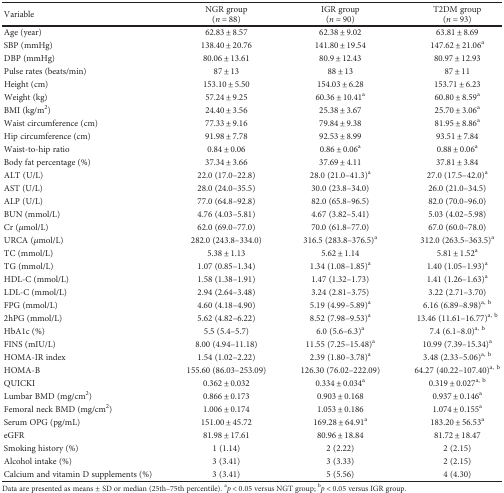
<table><thead><tr><td><b>Variable</b></td><td><b>NGR group(<i>n</i> = 88)</b></td><td><b>IGR group(<i>n</i> = 90)</b></td><td><b>T2DM group(<i>n</i> = 93)</b></td></tr></thead><tbody><tr><td>Age (year)</td><td>62.83 ± 8.57</td><td>62.38 ± 9.02</td><td>63.81 ± 8.69</td></tr><tr><td>SBP (mmHg)</td><td>138.40 ± 20.76</td><td>141.80 ± 19.54</td><td>147.62 ± 21.06<sup>a</sup></td></tr><tr><td>DBP (mmHg)</td><td>80.06 ± 13.61</td><td>80.9 ± 12.43</td><td>80.97 ± 12.93</td></tr><tr><td>Pulse rates (beats/min)</td><td>87 ± 13</td><td>88 ± 13</td><td>87 ± 11</td></tr><tr><td>Height (cm)</td><td>153.10 ± 5.50</td><td>154.03 ± 6.28</td><td>153.71 ± 6.23</td></tr><tr><td>Weight (kg)</td><td>57.24 ± 9.25</td><td>60.36 ± 10.41<sup>a</sup></td><td>60.80 ± 8.59<sup>a</sup></td></tr><tr><td>BMI (kg/m<sup>2</sup>)</td><td>24.40 ± 3.56</td><td>25.38 ± 3.67</td><td>25.70 ± 3.06<sup>a</sup></td></tr><tr><td>Waist circumference (cm)</td><td>77.33 ± 9.16</td><td>79.84 ± 9.38</td><td>81.95 ± 8.86<sup>a</sup></td></tr><tr><td>Hip circumference (cm)</td><td>91.98 ± 7.78</td><td>92.53 ± 8.99</td><td>93.51 ± 7.84</td></tr><tr><td>Waist-to-hip ratio</td><td>0.84 ± 0.06</td><td>0.86 ± 0.06<sup>a</sup></td><td>0.88 ± 0.06<sup>a</sup></td></tr><tr><td>Body fat percentage (%)</td><td>37.34 ± 3.66</td><td>37.69 ± 4.11</td><td>37.81 ± 3.84</td></tr><tr><td>ALT (U/L)</td><td>22.0 (17.0–22.8)</td><td>28.0 (21.0–41.3)<sup>a</sup></td><td>27.0 (17.5–42.0)<sup>a</sup></td></tr><tr><td>AST (U/L)</td><td>28.0 (24.0–35.5)</td><td>30.0 (23.8–34.0)</td><td>26.0 (21.0–34.5)</td></tr><tr><td>ALP (U/L)</td><td>77.0 (64.8–92.8)</td><td>82.0 (65.8–96.5)</td><td>82.0 (70.0–96.0)</td></tr><tr><td>BUN (mmol/L)</td><td>4.76 (4.03–5.81)</td><td>4.67 (3.82–5.41)</td><td>5.03 (4.02–5.98)</td></tr><tr><td>Cr (<i>μ</i>mol/L)</td><td>62.0 (69.0–77.0)</td><td>70.0 (61.8–77.0)</td><td>67.0 (60.0–78.0)</td></tr><tr><td>URCA (<i>μ</i>mol/L)</td><td>282.0 (243.8–334.0)</td><td>316.5 (283.8–376.5)<sup>a</sup></td><td>312.0 (263.5–363.5)<sup>a</sup></td></tr><tr><td>TC (mmol/L)</td><td>5.38 ± 1.13</td><td>5.62 ± 1.14</td><td>5.81 ± 1.52<sup>a</sup></td></tr><tr><td>TG (mmol/L)</td><td>1.07 (0.85–1.34)</td><td>1.34 (1.08–1.85)<sup>a</sup></td><td>1.40 (1.05–1.93)<sup>a</sup></td></tr><tr><td>HDL-C (mmol/L)</td><td>1.58 (1.38–1.91)</td><td>1.47 (1.32–1.73)</td><td>1.41 (1.26–1.63)<sup>a</sup></td></tr><tr><td>LDL-C (mmol/L)</td><td>2.94 (2.64–3.48)</td><td>3.24 (2.81–3.75)</td><td>3.22 (2.71–3.70)</td></tr><tr><td>FPG (mmol/L)</td><td>4.60 (4.18–4.90)</td><td>5.19 (4.99–5.89)<sup>a</sup></td><td>6.16 (6.89–8.98)<sup>a, b</sup></td></tr><tr><td>2hPG (mmol/L)</td><td>5.62 (4.82–6.22)</td><td>8.52 (7.98–9.53)<sup>a</sup></td><td>13.46 (11.61–16.77)<sup>a, b</sup></td></tr><tr><td>HbA1c (%)</td><td>5.5 (5.4–5.7)</td><td>6.0 (5.6–6.3)<sup>a</sup></td><td>7.4 (6.1–8.0)<sup>a, b</sup></td></tr><tr><td>FINS (mIU/L)</td><td>8.00 (4.94–11.18)</td><td>11.55 (7.25–15.48)<sup>a</sup></td><td>10.99 (7.39–15.34)<sup>a</sup></td></tr><tr><td>HOMA-IR index</td><td>1.54 (1.02–2.22)</td><td>2.39 (1.80–3.78)<sup>a</sup></td><td>3.48 (2.33–5.06)<sup>a, b</sup></td></tr><tr><td>HOMA-B</td><td>155.60 (86.03–253.09)</td><td>126.30 (76.02–222.09)</td><td>64.27 (40.22–107.40)<sup>a, b</sup></td></tr><tr><td>QUICKI</td><td>0.362 ± 0.032</td><td>0.334 ± 0.034<sup>a</sup></td><td>0.319 ± 0.027<sup>a, b</sup></td></tr><tr><td>Lumbar BMD (mg/cm<sup>2</sup>)</td><td>0.866 ± 0.173</td><td>0.903 ± 0.168</td><td>0.937 ± 0.146<sup>a</sup></td></tr><tr><td>Femoral neck BMD (mg/cm<sup>2</sup>)</td><td>1.006 ± 0.174</td><td>1.053 ± 0.186</td><td>1.074 ± 0.155<sup>a</sup></td></tr><tr><td>Serum OPG (pg/mL)</td><td>151.00 ± 45.72</td><td>169.28 ± 64.91<sup>a</sup></td><td>183.20 ± 56.53<sup>a</sup></td></tr><tr><td>eGFR</td><td>81.98 ± 17.61</td><td>80.96 ± 18.84</td><td>81.72 ± 18.47</td></tr><tr><td>Smoking history (%)</td><td>1 (1.14)</td><td>2 (2.22)</td><td>2 (2.15)</td></tr><tr><td>Alcohol intake (%)</td><td>3 (3.41)</td><td>3 (3.33)</td><td>2 (2.15)</td></tr><tr><td>Calcium and vitamin D supplements (%)</td><td>3 (3.41)</td><td>5 (5.56)</td><td>4 (4.30)</td></tr></tbody></table>